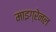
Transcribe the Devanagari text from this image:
माइग्रेनल